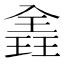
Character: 𪼈